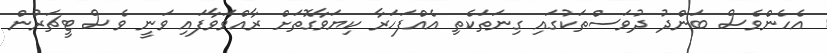
އެހެންވެސް ބަންދު ދުވަސްތަކުގައި ގިނަތަކެތި އެއްފަހަރާ ކިޔަވާގޮތަށް ރާއްވަވާފައި ވަނީ ވެސް ޓީޗަރުން